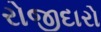
રોજીદારો